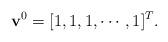
LaTeX: \begin{align*}\mathbf{v}^{0}=[1, 1, 1, \cdots, 1]^{T}.\end{align*}